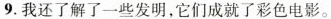
9.我还了解了一些发明,它们成就了彩色电影。